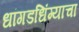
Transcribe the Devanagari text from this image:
धांगडधिंग्याचा